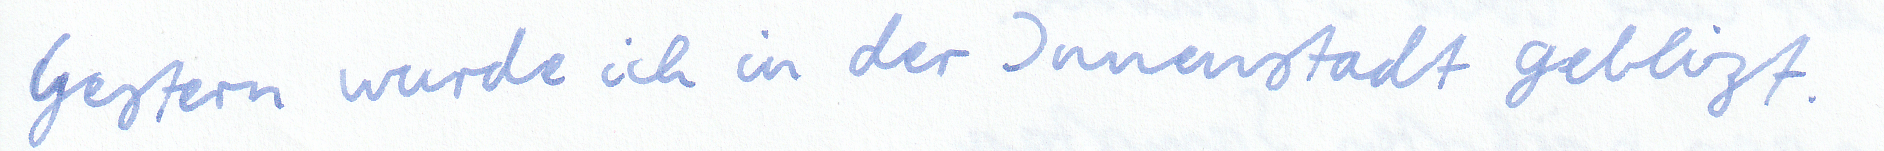
Gestern wurde ich in der Innenstadt geblitzt.